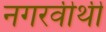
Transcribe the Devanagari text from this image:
नगरवीथी